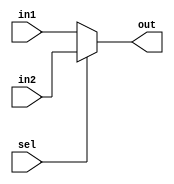
module mux_2to1(in1,in2,sel,out);

input in1,in2,sel;
output out;

assign out = (!sel)? in1 : in2;

endmodule